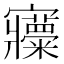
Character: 𡬍